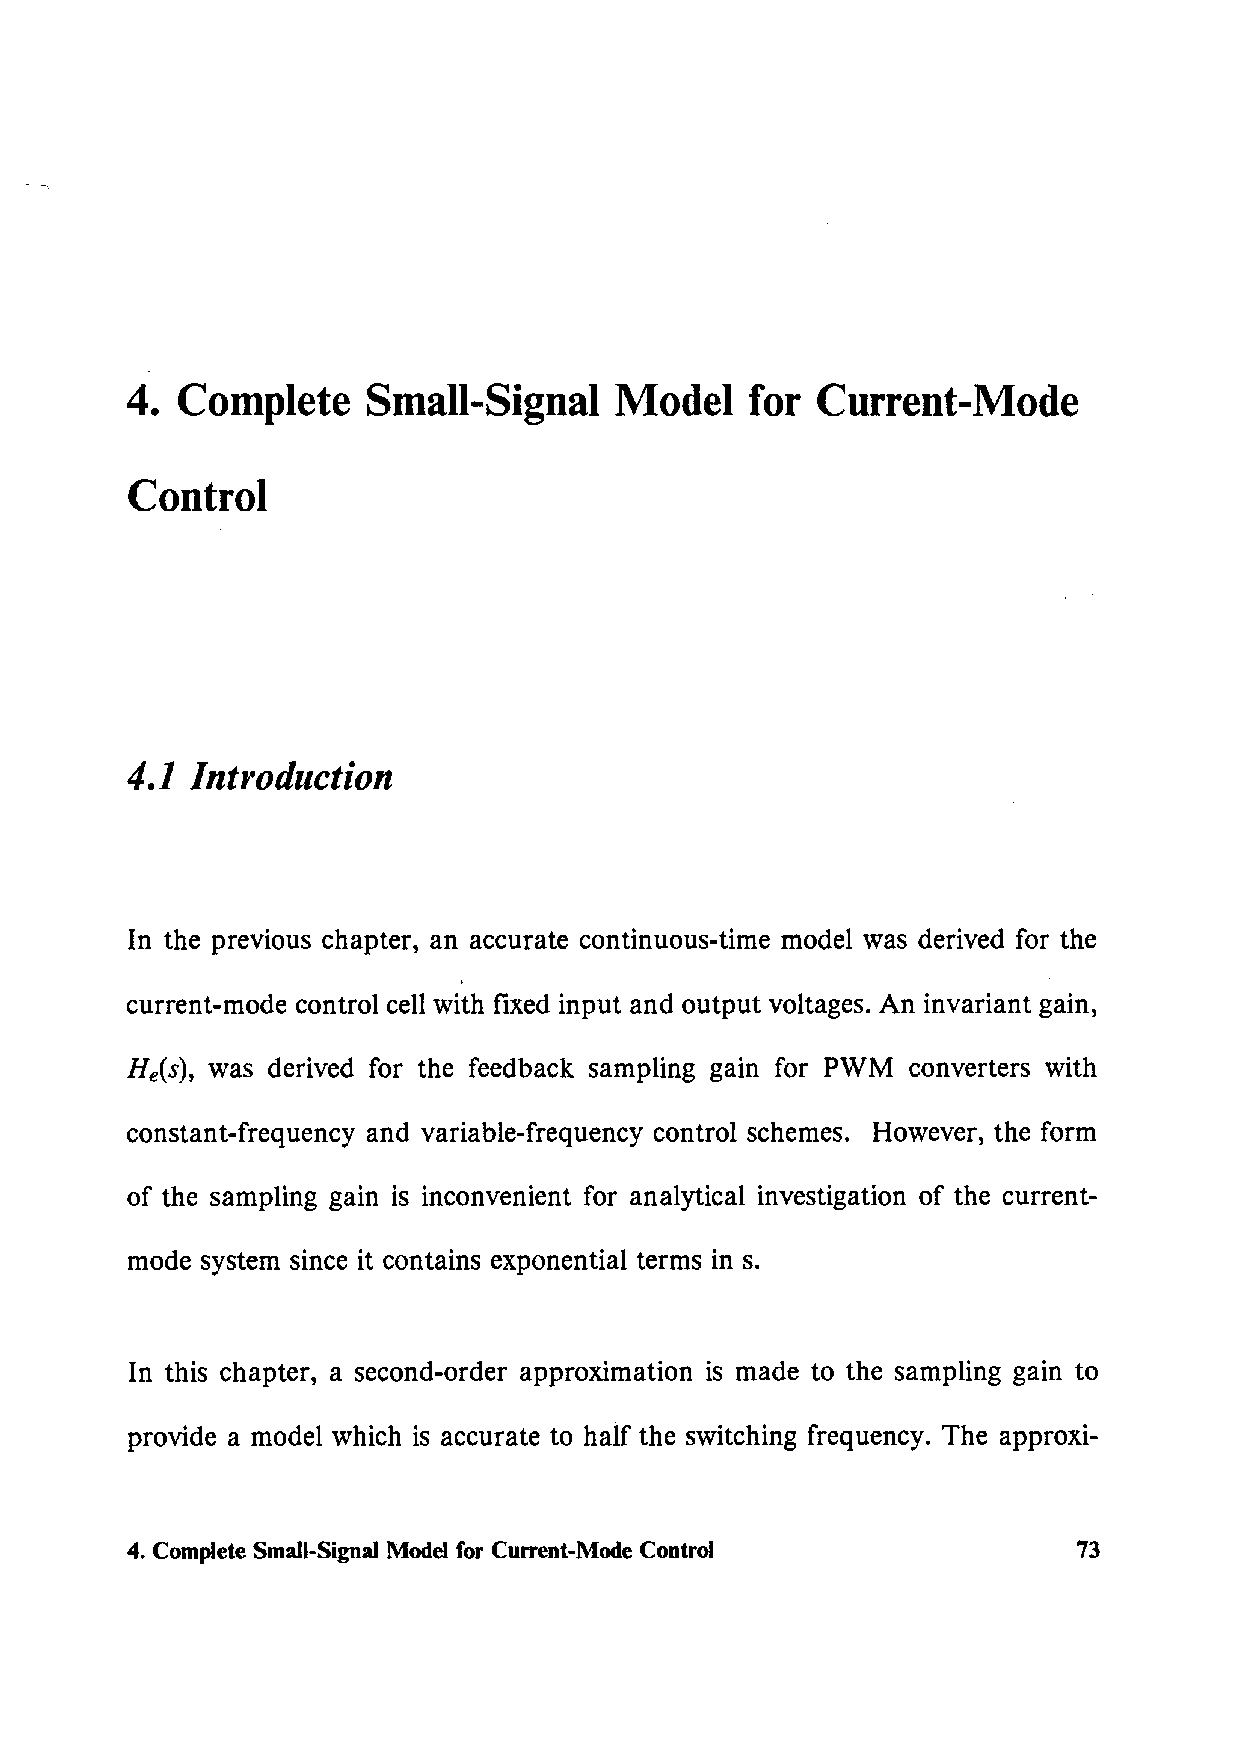
4.  Complete    Small-Signal     Model    for Current-Mode
 Control
 4.1  Introduction
 In the previous chapter, an accurate continuous-time model was derived for the
 current-mode control cell with fixed input and output voltages. An invariant gain,
 He(s), was derived for the feedback sampling gain for PWM converters with
 constant-frequency and variable-frequency control schemes. However, the form
 of the sampling gain is inconvenient for analytical investigation of the current-
 mode system since it contains exponential terms in s.
 In this chapter, a second-order approximation is made to the sampling gain to
 provide a model which is accurate to half the switching frequency. The approxi-
 4. Complete Small-Signal Model for Current-Mode Control        73